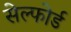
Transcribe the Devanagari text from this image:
सेल्फोर्ड